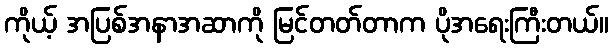
ကိုယ့် အပြစ်အနာအဆာကို မြင်တတ်တာက ပိုအရေးကြီးတယ်။